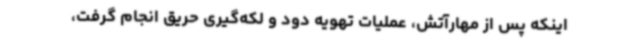
اینکه پس از مهارآتش، عملیات تهویه دود و لکه‌گیری حریق انجام گرفت،